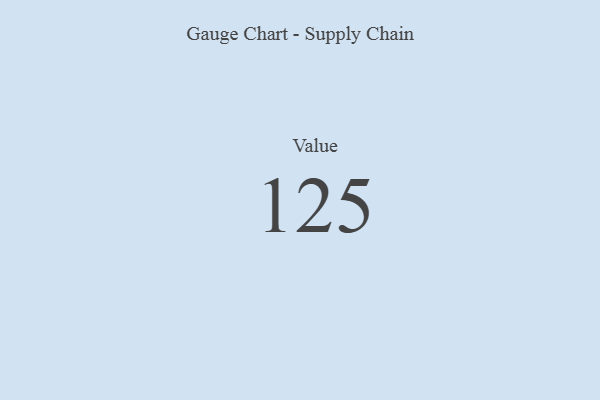
{"axis": {"x": "Metric", "y": "Value"}, "legend": [""], "data": [{"x": "Value", "y": 125, "type": ""}]}